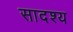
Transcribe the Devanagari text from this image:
सादश्य